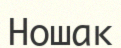
Ношак